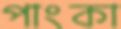
পাংকা